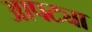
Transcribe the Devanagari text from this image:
आपट्या